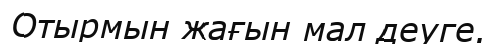
Отырмын жағын мал деуге.